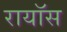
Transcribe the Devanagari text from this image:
रायॉस